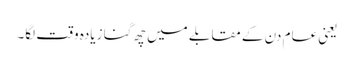
یعنی عام دن کے مقابلے میں چھ گنا زیادہ وقت لگا۔